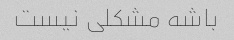
باشه مشکلی نیست